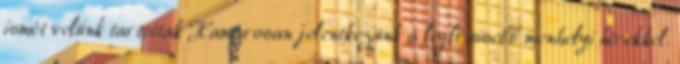
ismét velünk tartottak Hamarosan jelentkezünk a legfrissebb menhelyi hírekkel.